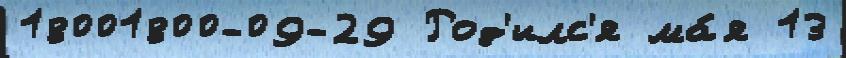
18001800-09-29 Род'илс'я ма́я 13